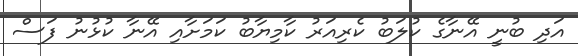
އަދި ބުނީ އޭނާގެ ކުލަބު ކެރިއަރު ކާމިޔާބު ކަމަށާއި އޭނާ ކުޅުނު ފަސް